Civil Veterinary Dept. Assam report 1927-50 - 1927-1950
Year: 1927
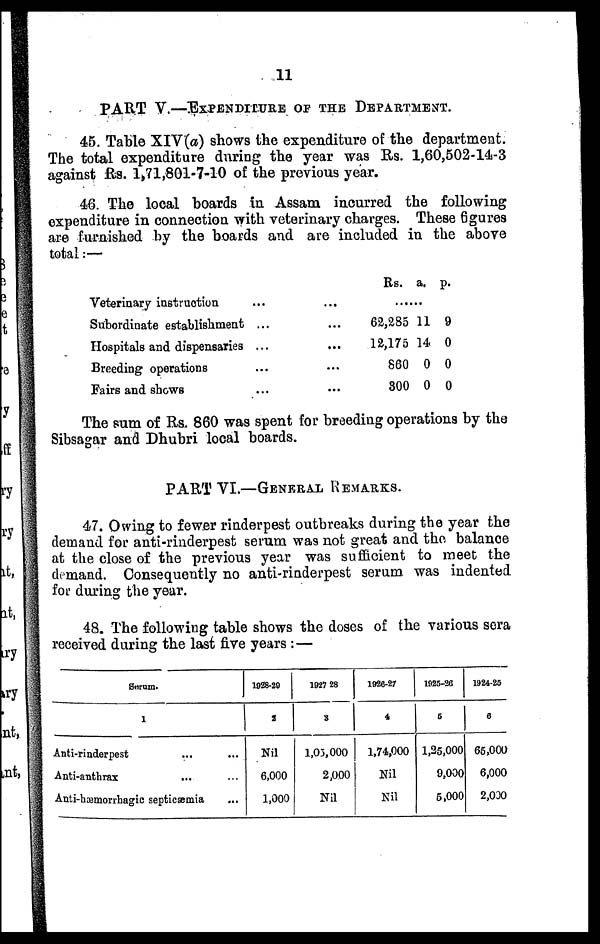
11
PART V.—EXPENDITURE OF THE DEPARTMENT.
45. Table XIV(a) shows the expenditure of the department.
The total expenditure during the year was Rs. 1,60,502-14-3
against Rs. 1,71,801-7-10 of the previous year.
46. The local boards in Assam incurred the following
expenditure in connection with veterinary charges. These figures
are furnished by the boards and are included in the above
total:—
Veterinary instruction
Subordinate establishment
Hospitals and dispensaries
Breeding operations
Fairs and shows
...
...
...
...
...
...
...
...
...
...
Rs.
62,285
12,175
860
300
a.
11
14
0
0
p.
9
0
0
0
The sum of Rs. 860 was spent for breeding operations by the
Sibsagar and Dhubri local boards.
PART VI.—GENERAL REMARKS.
47. Owing to fewer rinderpest outbreaks during the year the
demand for anti-rinderpest serum was not great and the balance
at the close of the previous year was sufficient to meet the
demand. Consequently no anti-rinderpest serum was indented
for during the year.
48. The following table shows the doses of the various sera
received during the last five years : —
Serum.
1
Anti-rinderpest ... ...
Anti-anthrax ... ...
Anti-hæmorrhagic septicæmia ...
1928-29
2
Nil
6,000
1,000
1927 28
3
1,03,000
2,000
Nil
1926-27
4
1,74,000
Nil
Nil
1925-26
5
1,25,000
9,000
6,000
1924-25
6
65,000
6,000
2,000